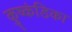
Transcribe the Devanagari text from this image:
कुष्कंडिका